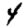
Digit: 4